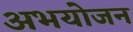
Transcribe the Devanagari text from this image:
अभयोजन